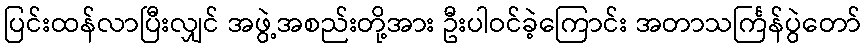
ပြင်းထန်လာပြီးလျှင် အဖွဲ့အစည်းတို့အား ဦးပါဝင်ခဲ့ကြောင်း အတာသင်္ကြန်ပွဲတော်